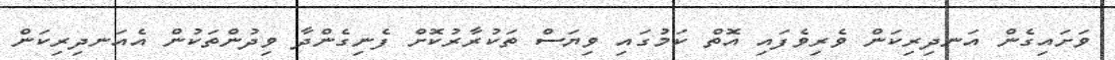
ވަށައިގެން އަނދިރިކަން ވެރިވެފައި އޮތް ކަމުގައި ވިޔަސް ތަކުރާރުކޮށް ފެނިގެންދާ ވިދުންތަކުން އެއަނދިރިކަން